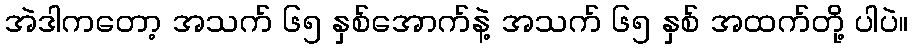
အဲဒါကတော့ အသက် ၆၅ နှစ်အောက်နဲ့ အသက် ၆၅ နှစ် အထက်တို့ ပါပဲ။